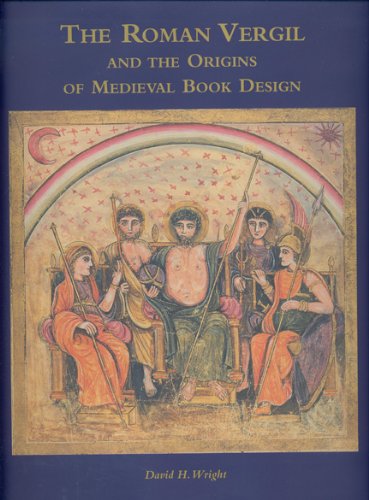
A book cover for The Roman Vergil and the Origins of Medieval Book Design; David H. Wright; Arts & Photography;